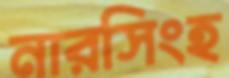
নারসিংহ